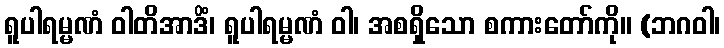
ရူပါရမ္မဏံ ဝါတိအာဒိံ၊ ရူပါရမ္မဏံ ဝါ၊ အစရှိသော စကားတော်ကို။ (ဘဂဝါ၊